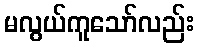
မလွယ်ကူသော်လည်း